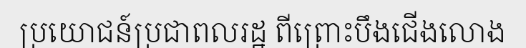
ប្រយោជន៍ប្រជាពលរដ្ឋ ពីព្រោះបឹងជើងលោង